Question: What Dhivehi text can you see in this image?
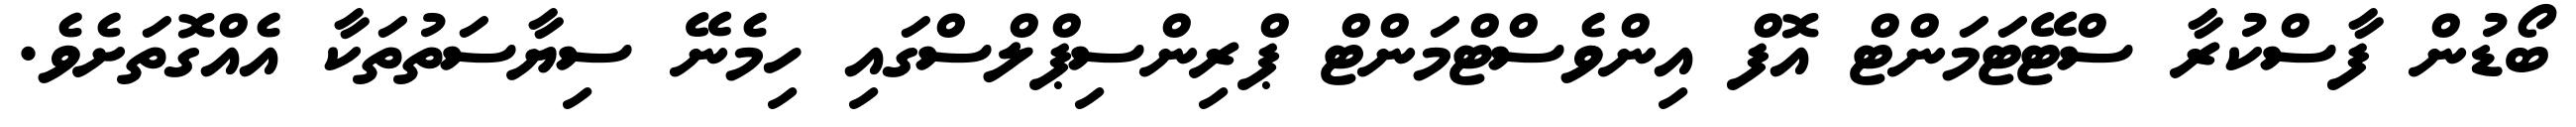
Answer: ބޯޑުން ފާސްކުރާ ސްޓޭޓަމަންޓް އޮފް އިންވެސްޓްމަންޓް ޕްރިންސިޕްލްސްގައި ހިމެނޭ ސިޔާސަތުތަކާ އެއްގޮތަށެވެ.